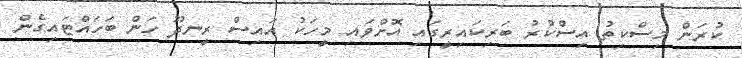
ކުރަން މިސްކިތު އިސްކުރު ބަރިކައިރީގައި އޮށްވައި މީހަކު އައިސް ރީނދޫ ހަން ބަހައްޓައިގެން